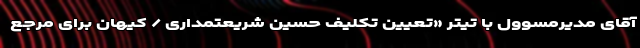
آقای مدیرمسوول با تیتر «تعیین تکلیف حسین شریعتمداری / کیهان برای مرجع